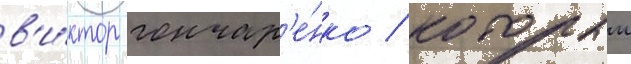
в'и́ктор гончар'е́нко / которыи